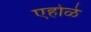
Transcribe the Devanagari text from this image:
एहोळे